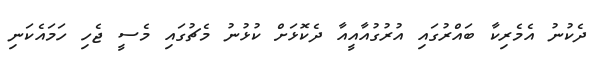
ދެކުނު އެމެރިކާ ބައްރުގައި އުރުގުއާއީއާ ދެކޮޅަށް ކުޅުނު މެޗުގައި މެސީ ޖެހި ހަމައެކަނި